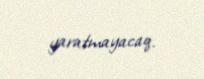
yaratmayacaq.